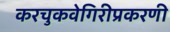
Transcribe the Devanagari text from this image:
करचुकवेगिरीप्रकरणी